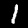
Digit: 1